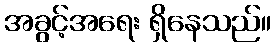
အခွင့်အရေး ရှိနေသည်။